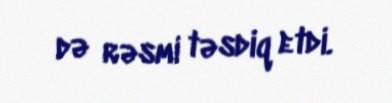
də rəsmi təsdiq etdi.